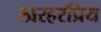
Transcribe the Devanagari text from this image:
खरहरप्रिय